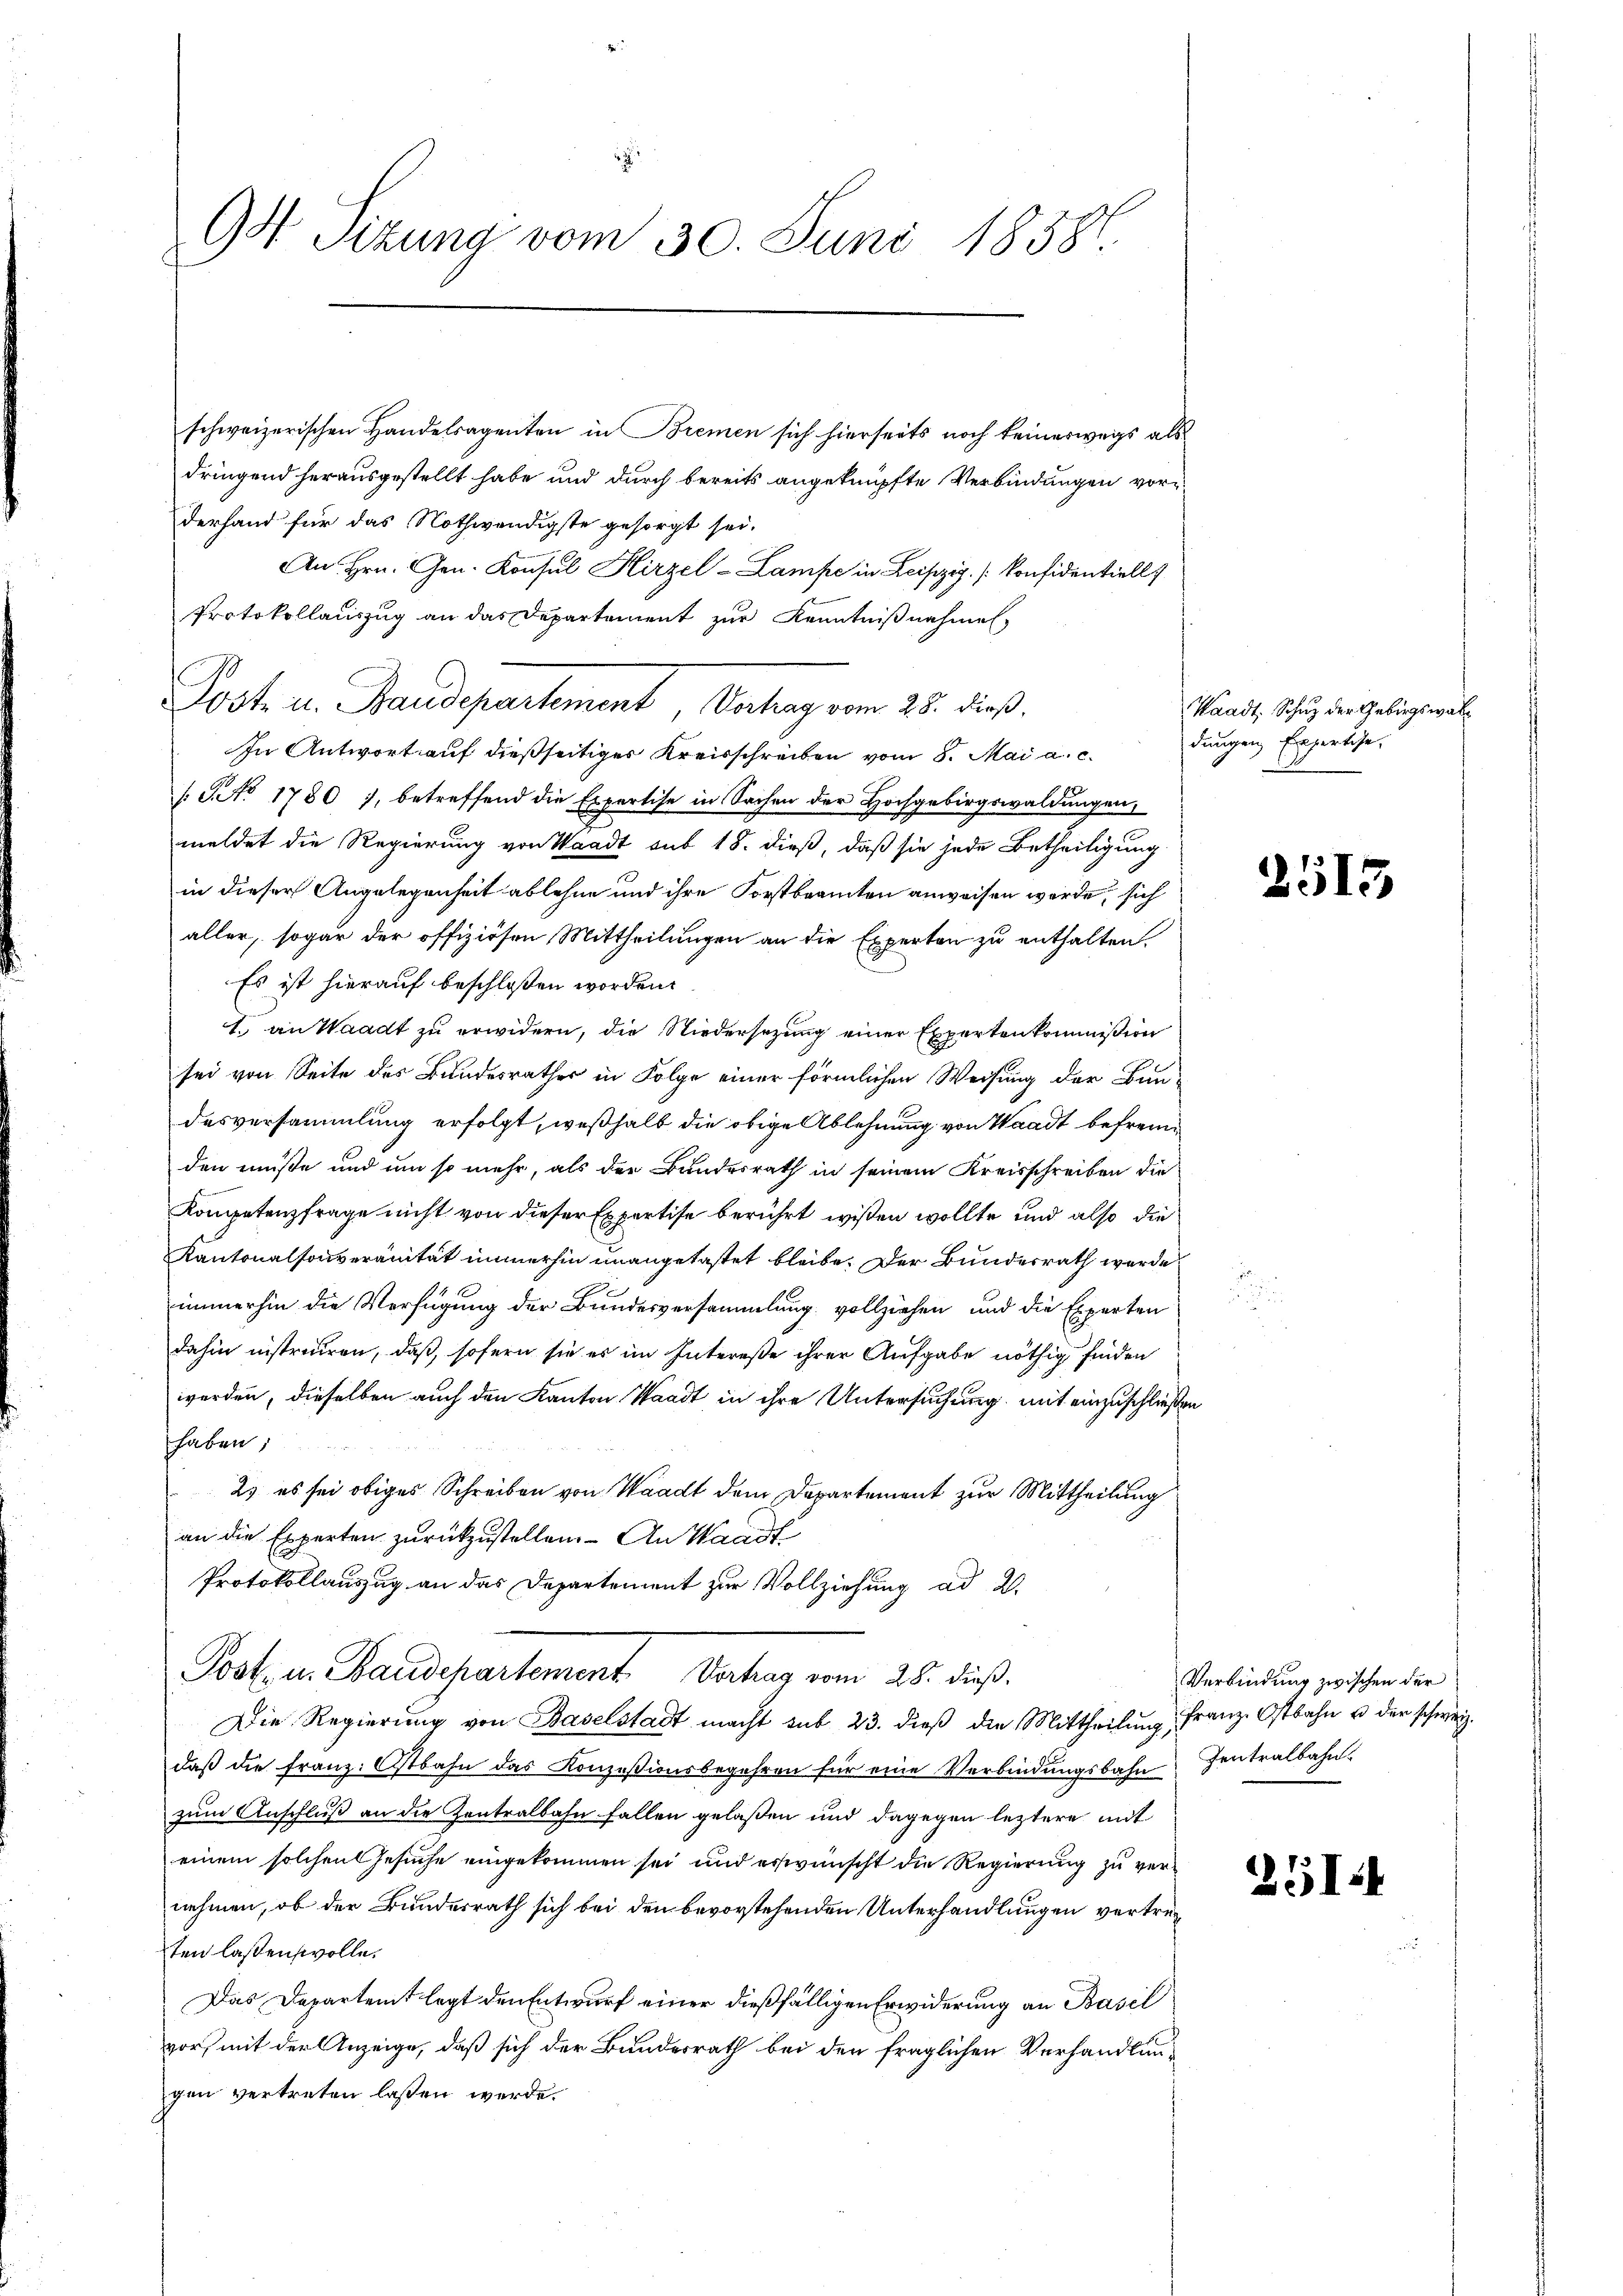
G Sizung vom 30. Juni 1858.

schweizerischen Handelsagenten in Bremen sich hierseits noch keineswegs als
dringend herausgestellt habe und durch bereits angeknüpfte Verbindungen vorderhand für das Nothwendigste gesorgt sei.
An Hrn. Gen. Konsul Hirzel-Lampe in Leipzig [Confidentiell
Protokollauszug an das Departement zur Kenntnißnahmen,
In Antwort auf dießseitiger Kreisschreiben vom 8. Mai a. c.
/G No 1780), betreffend die Expertise in Sachen der Hochgebirgswaldŭngen,
meldet die Regierung von Waadt auf 18. dieß, daß sie jede Betheiligung
in dieser Angelegenheit ablehne und ihre Forstbeamten anweisen werde, sich
aller, sogar der offiziösen Mittheilungen an die Experten zu enthalten.
Es ist hierauf beschloßen worden.
1. an Waadt zu erwidern, die Niedersetzung einer Expertenkommißion
sei von Seite des Bundesrathes in Folge einer förmlichen Weisung der Bundesversammlung erfolgt, weßhalb die obige Ablehnung von Waadt befreun
den müße und um so mehr, als der Bundesrath in seinem Kreisschreiben die
Kompetenzfrage nicht von dieser Expertise berührt wissen wollte und also die
Kantonalsouveränität immerhin unangetastet bleibe. Der Bundesrath werde
immerhin die Verfügung der Bundesversammlung vollziehen, und die Experten
dahin instruiren, daß, sofern sie es im Intereße ihrer Aufgabe nöthig finden
werden, dieselben auch den Kanton Waadt in ihre Untersuchung mit einzuschließen
haben,
2) es sei obiges Schreiben von Waadt dem Departement zur Mittheilung
an die Experten zurückzustellen. An Waadt
Protokollauszug an das Departement zur Vollziehung ad 2.
Post u. Bauderartement. Vertrag vom 28. dieß.
Die Regierung von Baselstadt macht sub 23. dieβ die Mittheilŭng, Franz. Ostbahn u der schweiz.
daβ die franz. Ostbahn das Konzesionsbegehren für eine Verbindŭngsbahn Zentralbahn.
zum Anschluß an die Zentralbahn fallen gelaßen und dagegen leztere mit
einem solchen Gesuche eingekommen sei und erwünscht die Regierung zu vernehmen, ob der Bundesrath sich bei den bevorstehenden Unterhandlungen vertreten lassen wolle.
Das Departent legt den Entwurf einer dießfälligen Erwiderung an Basel
vor, mit der Anzeige, daß sich der Bundesrath bei den fraglichen Verhandlungen vertreten lassen werde.

Post u. Baudepartement Vertrag vom 28. dieß.

Waadt. Schuz der Gebirgswaldungen Erfertige.

2513

Verbindung zwischen der

251